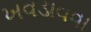
ખવડાવવા